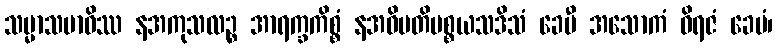
သမ္မာသမာဓိဿ နအကုသလဉ္စ အာရက္ခကိစ္စံ နအဓိပတိပစ္စယသဒိသံ ခေမီ အသောကံ ဝိရဇံ ခေမံ၊